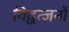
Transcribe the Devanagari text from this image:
विद्वत्जनों